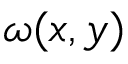
\omega ( x , y )